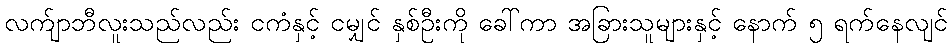
လက်ျာဘီလူးသည်လည်း ငကံနှင့် ငမျှင် နှစ်ဦးကို ခေါ်ကာ အခြားသူများနှင့် နောက် ၅ ရက်နေလျင်